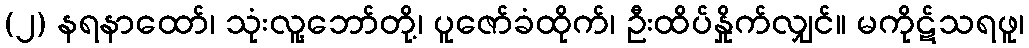
(၂) နရနာထော်၊ သုံးလူ့ဘော်တို့၊ ပူဇော်ခံထိုက်၊ ဦးထိပ်နှိုက်လျှင်။ မကိုဋ်သရဖူ၊